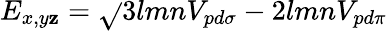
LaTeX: E_{x,y\mathbf{z}}={\sqrt{}{{3}}}lmnV_{pd\sigma}-2lmnV_{pd\pi}